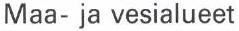
Maa- ja vesialueet